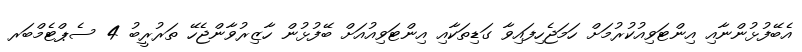
އެބޭފުޅުންނާއި އިންޓަވިއުކުރުމަށް ހަމަޖެހިފައިވާ ގަޑިތަކާއި އިންޓަވިއުއަށް ބޭފުޅުން ހާޒިރުވާންޖެހޭ ތަރުރީބު 4 ސެޕްޓެމްބަރ